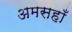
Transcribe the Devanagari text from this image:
अमसहाँ